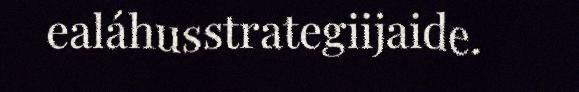
ealáhusstrategiijaide.